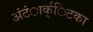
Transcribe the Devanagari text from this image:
अंंटंार्क्िटका